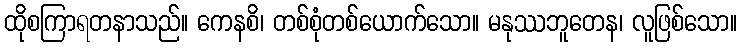
ထိုစကြာရတနာသည်။ ကေနစိ၊ တစ်စုံတစ်ယောက်သော။ မနုဿဘူတေန၊ လူဖြစ်သော။